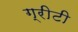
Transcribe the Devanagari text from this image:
ग्रीटी